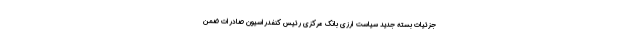
جزئیات بسته جدید سیاست ارزی بانک مرکزی رئیس کنفدراسیون صادرات ضمن